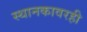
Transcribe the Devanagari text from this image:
स्थानकावरही